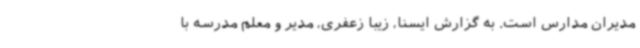
مدیران مدارس است. به گزارش ایسنا، زیبا زعفری، مدیر و معلم مدرسه با